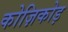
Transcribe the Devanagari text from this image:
कोज़िकोड़